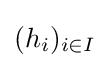
(h_{i})_{i\in I}